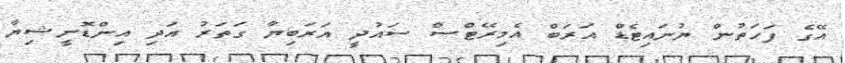
އޭގެ ފަހަތުން ޔުނައިޓެޑް އަރަބް އެމިރޭޓްސް ސައުދީ އަރަބިޔާ ގަތަރު އަދި އިންޑޮނީޝިޔާ